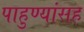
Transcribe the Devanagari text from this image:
पाहुण्यांसह